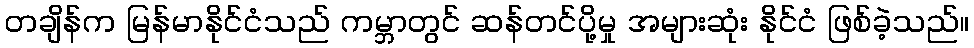
တချိန်က မြန်မာနိုင်ငံသည် ကမ္ဘာတွင် ဆန်တင်ပို့မှု အများဆုံး နိုင်ငံ ဖြစ်ခဲ့သည်။